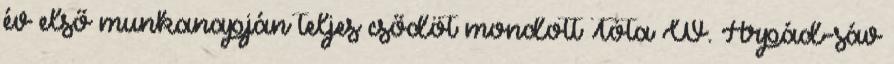
év első munkanapján teljes csődöt mondott Tóta W. Árpád-sáv